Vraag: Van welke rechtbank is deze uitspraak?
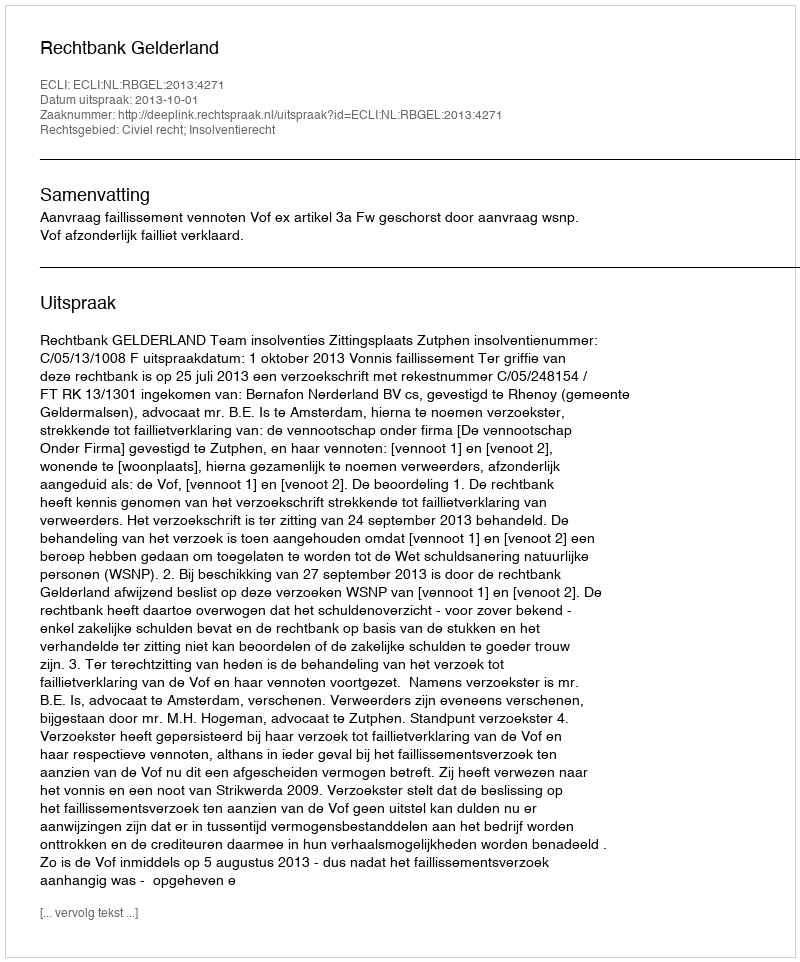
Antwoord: Rechtbank Gelderland